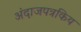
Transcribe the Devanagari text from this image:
अंदाजपत्रकिय